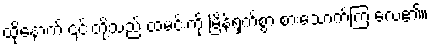
ထို့နောက် ၎င်းတို့သည် ထမင်းကို မြိန်ရှက်စွာ စားသောက်ကြ လေ၏။